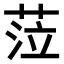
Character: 𦲷